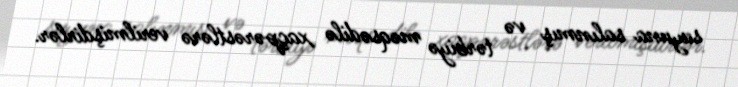
suyuna salınmış və tərbiyə məqsədilə xaçpərəstlərə verilmişdirlər.